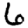
Digit: 6